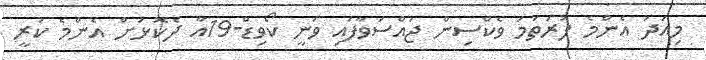
މިއަދު އެންމެ ފުރަތަމަ ވެކްސިން ޖައްސަވާފައި ވަނީ ކޯވިޑް-19އާ ދެކޮޅަށް އެންމެ ކުރީ